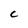
Character: C